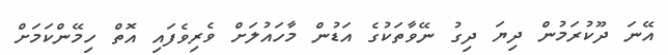
އޭނަ ދޫކުރަމުން ދިޔަ ދިގު ނޭވާތަކުގެ އަޑުން މާހައުލަށް ވެރިވެފައި އޮތް ހިމޭންކަމަށް